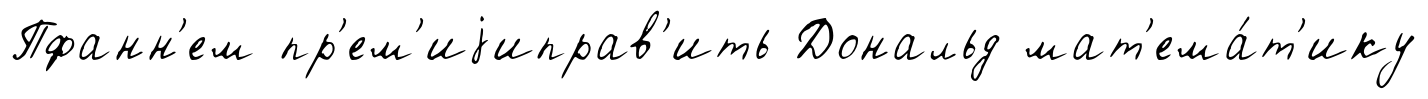
Пфанн'ем пр'ем'иjиправ'ить Дональд мат'ема́т'ику